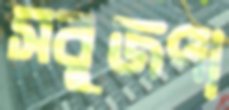
সবুজপা